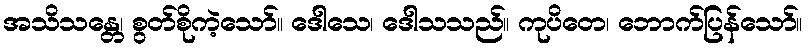
အသိသန္တေ၊ စွတ်စိုကဲ့သော်။ ဒေါသေ၊ ဒေါသသည်။ ကုပိတေ၊ ဘောက်ပြန်သော်။